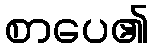
စာပေ၏